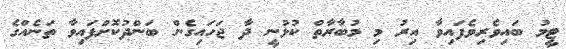
ޓީމު ބައިވެރިވެފައިވާ އިރު މި މުބާރާތް ކުޅުނީ ދާ ޖަހައިގެން ބަންދުކޮށްފައިވާ ތަނެއްގެ